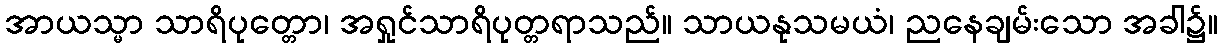
အာယသ္မာ သာရိပုတ္တော၊ အရှုင်သာရိပုတ္တရာသည်။ သာယနုသမယံ၊ ညနေချမ်းသော အခါ၌။